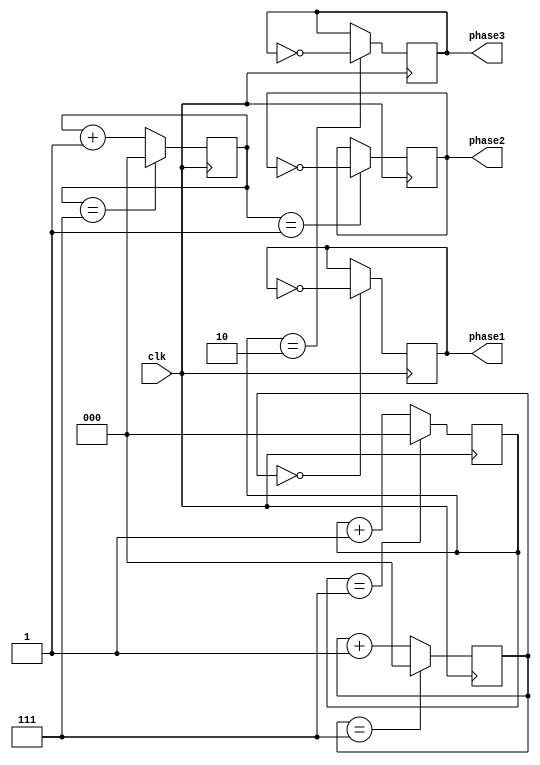
module multi_phase_clock_divider (
    input wire clk, // input clock signal
    output wire phase1, phase2, phase3 // output phases
);

reg [2:0] count1, count2, count3; // counters for each phase
reg phase1_reg, phase2_reg, phase3_reg; // output signals for each phase

always @ (posedge clk) begin
    // Increment counters
    count1 <= count1 + 1;
    count2 <= count2 + 1;
    count3 <= count3 + 1;
    
    // Toggle output signals based on counter value
    if (count1 == 3'b000) phase1_reg <= ~phase1_reg; // divide by 1
    if (count2 == 3'b001) phase2_reg <= ~phase2_reg; // divide by 2
    if (count3 == 3'b010) phase3_reg <= ~phase3_reg; // divide by 4
    
    // Reset counters if maximum value reached
    if (count1 == 3'b111) count1 <= 3'b000;
    if (count2 == 3'b111) count2 <= 3'b000;
    if (count3 == 3'b111) count3 <= 3'b000;
end

assign phase1 = phase1_reg;
assign phase2 = phase2_reg;
assign phase3 = phase3_reg;

endmodule